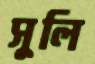
সুলি